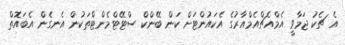
އެ ޗެކު ޖަމާވީ އެމްއެޗްއެމްއާރުގެ އެކައުންޓަށް ކަން ބޭންކް ސްޓޭޓްމެންޓްތަކުން އެނގެން އެބައޮތް